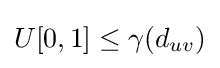
U[0,1]\leq \gamma (d_{uv})